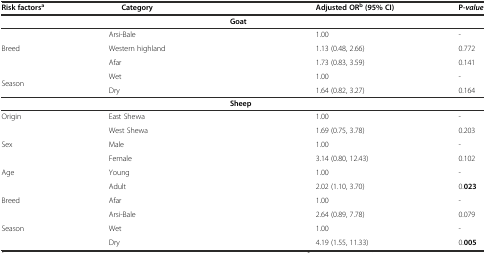
| Risk factorsa | Category |  | Adjusted ORb (95% CI) | P-value |
 | --- | --- | --- | --- | --- |
 |  |  | Goat |  |  |
 | <ROWSPAN=3> Breed | Arsi-Bale |  | 1.00 | - |
 | Western highland |  | 1.13 (0.48, 2.66) | 0.772 |
 | Afar |  | 1.73 (0.83, 3.59) | 0.141 |
 | Season | Wet |  | 1.00 | - |
 |  | Dry |  | 1.64 (0.82, 3.27) | 0.164 |
 |  |  | Sheep |  |  |
 | <ROWSPAN=2> Origin | East Shewa |  | 1.00 | - |
 | West Shewa |  | 1.69 (0.75, 3.78) | 0.203 |
 | <ROWSPAN=2> Sex | Male |  | 1.00 | - |
 | Female |  | 3.14 (0.80, 12.43) | 0.102 |
 | <ROWSPAN=2> Age | Young |  | 1.00 | - |
 | Adult |  | 2.02 (1.10, 3.70) | 0.023 |
 | <ROWSPAN=2> Breed | Afar |  | 1.00 | - |
 | Arsi-Bale |  | 2.64 (0.89, 7.78) | 0.079 |
 | Season | Wet |  | 1.00 | - |
 |  | Dry |  | 4.19 (1.55, 11.33) | 0.005 |